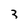
Character: 3